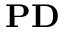
\mathbf { P D }